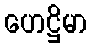
ဟေဋ္ဌိမာ